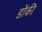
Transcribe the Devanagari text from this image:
डोंकी